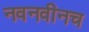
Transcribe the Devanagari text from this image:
नवनवीनच